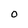
Character: 0